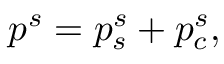
p ^ { s } = p _ { s } ^ { s } + p _ { c } ^ { s } ,